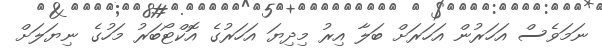
ނަމަވެސް އަހަރުން އަހަރަށް ބަލާ އިރު މިދިޔަ އަހަރުގެ އޮކްޓޯބަރު މަހުގެ ނިޔަލަށް